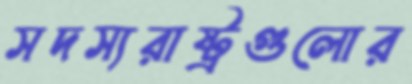
সদস্যরাষ্ট্রগুলোর